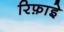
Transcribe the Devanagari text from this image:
रिफ़ाइे